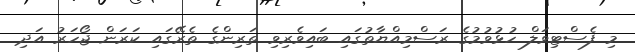
މި ފެސްޓިވަލް ހުޅުވުމުގެ ރަސްމިއްޔާތުގައި ބައިވެރިވި ތަރިންގެ ތެރޭގައި ކަރަން ޖޯހަރު އަދި